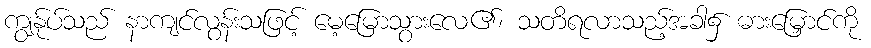
ကျွန်ုပ်သည် နာကျင်လွန်းသဖြင့် မေ့မြောသွားလေ၏၊ သတိရလာသည့်အခါ၌ ဓားမြှောင်ကို